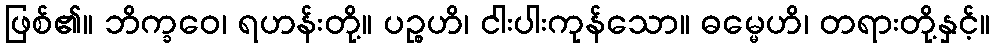
ဖြစ်၏။ ဘိက္ခဝေ၊ ရဟန်းတို့။ ပဉ္စဟိ၊ ငါးပါးကုန်သော။ ဓမ္မေဟိ၊ တရားတို့နှင့်။